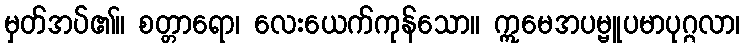
မှတ်အပ်၏။ စတ္တာရော၊ လေးယေက်ကုန်သော။ ဣမေအပမ္ဗူပမာပုဂ္ဂလာ၊